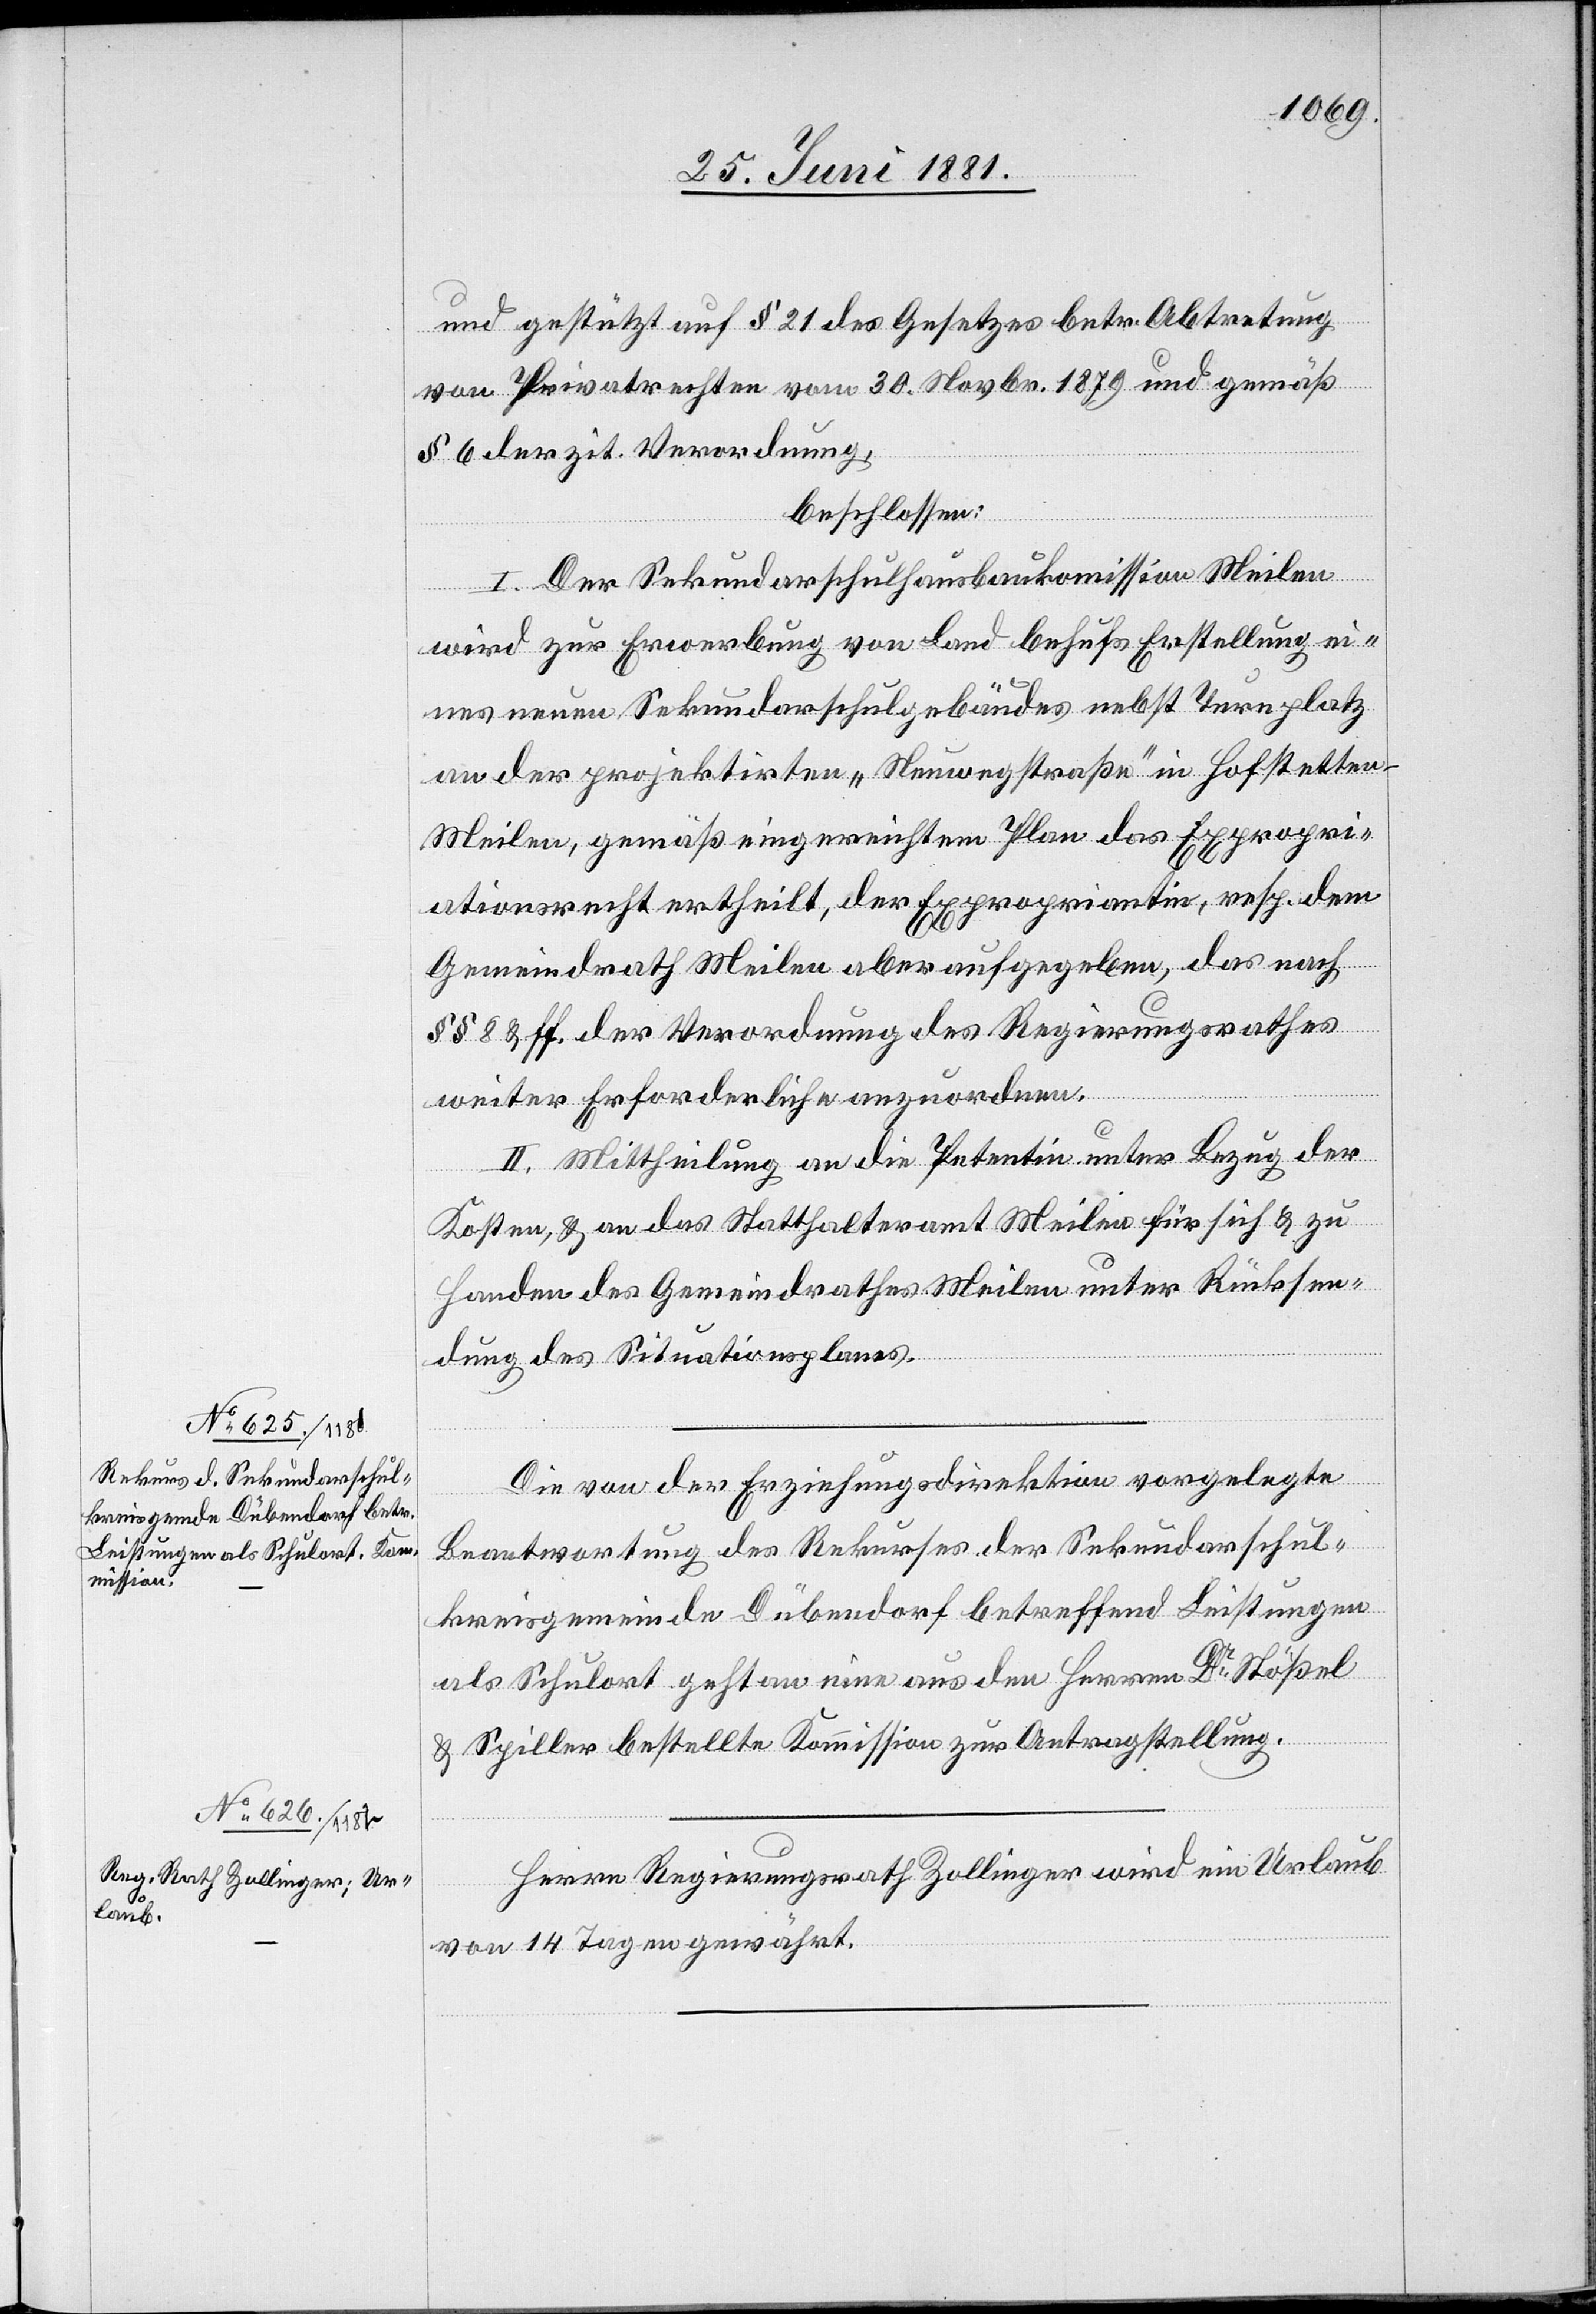
und gestützt auf § 21 des Gesetzes betr. Abtretung
von Privatrechten vom 30. Novbr. 1879 und gemäß
§ 6 der zit. Verordnung,
beschlossen:
I. Der Sekundarschulhausbaukom[m]ission Meilen
wird zur Erwerbung von Land behufs Erstellung ei¬
nes neuen Sekundarschulgebäudes nebst Turnplatz
an der projektirten „Neuwegstraße“ in Hofstetten
Meilen, gemäß eingereichtem Plan das Expropri¬
ationsrecht ertheilt, der Expropriantin, resp. dem
Gemeindrath Meilen aber aufgegeben, das nach
§§ 8 & ff der Verordnung des Regierungsrathes
weiter Erforderliche anzuordnen.
II. Mittheilung an die Petentin unter Bezug der
Kosten, & an das Statthalteramt Meilen für sich & zu
Handen des Gemeindrathes Meilen unter Rücksen¬
dung des Situationsplanes.
Die von der Erziehungsdirektion vorgelegte
Beantwortung des Rekurses der Sekundarschul¬
kreisgemeinde Dübendorf betreffend Leistungen
als Schulort geht an eine aus den Herren Dr Stößel
& Spiller bestellte Kommission zur Antragstellung.
Herrn Regierungsrath Zollinger wird ein Urlaub
von 14 Tagen gewährt.